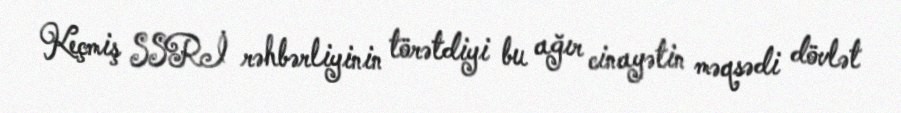
Keçmiş SSRİ rəhbərliyinin törətdiyi bu ağır cinayətin məqsədi dövlət